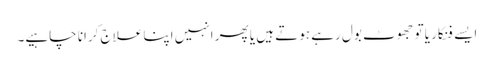
ایسے فنکار یا تو جھوٹ بول رہے ہوتے ہیں یا پھر انہیں اپنا علاج کرانا چاہیے۔